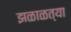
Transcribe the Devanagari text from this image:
झळाळत्या